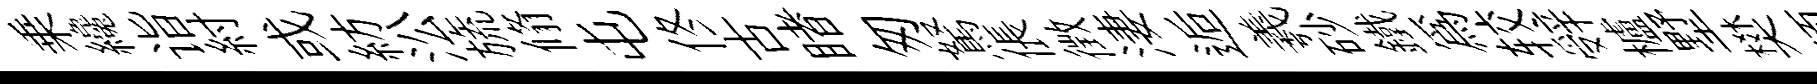
乗纔诣紂或紡㳂旒翛屯佟古睹匆駑倀徴淒逅羲砂鐵為较辤櫨墅樊须